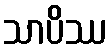
သာပိဿ